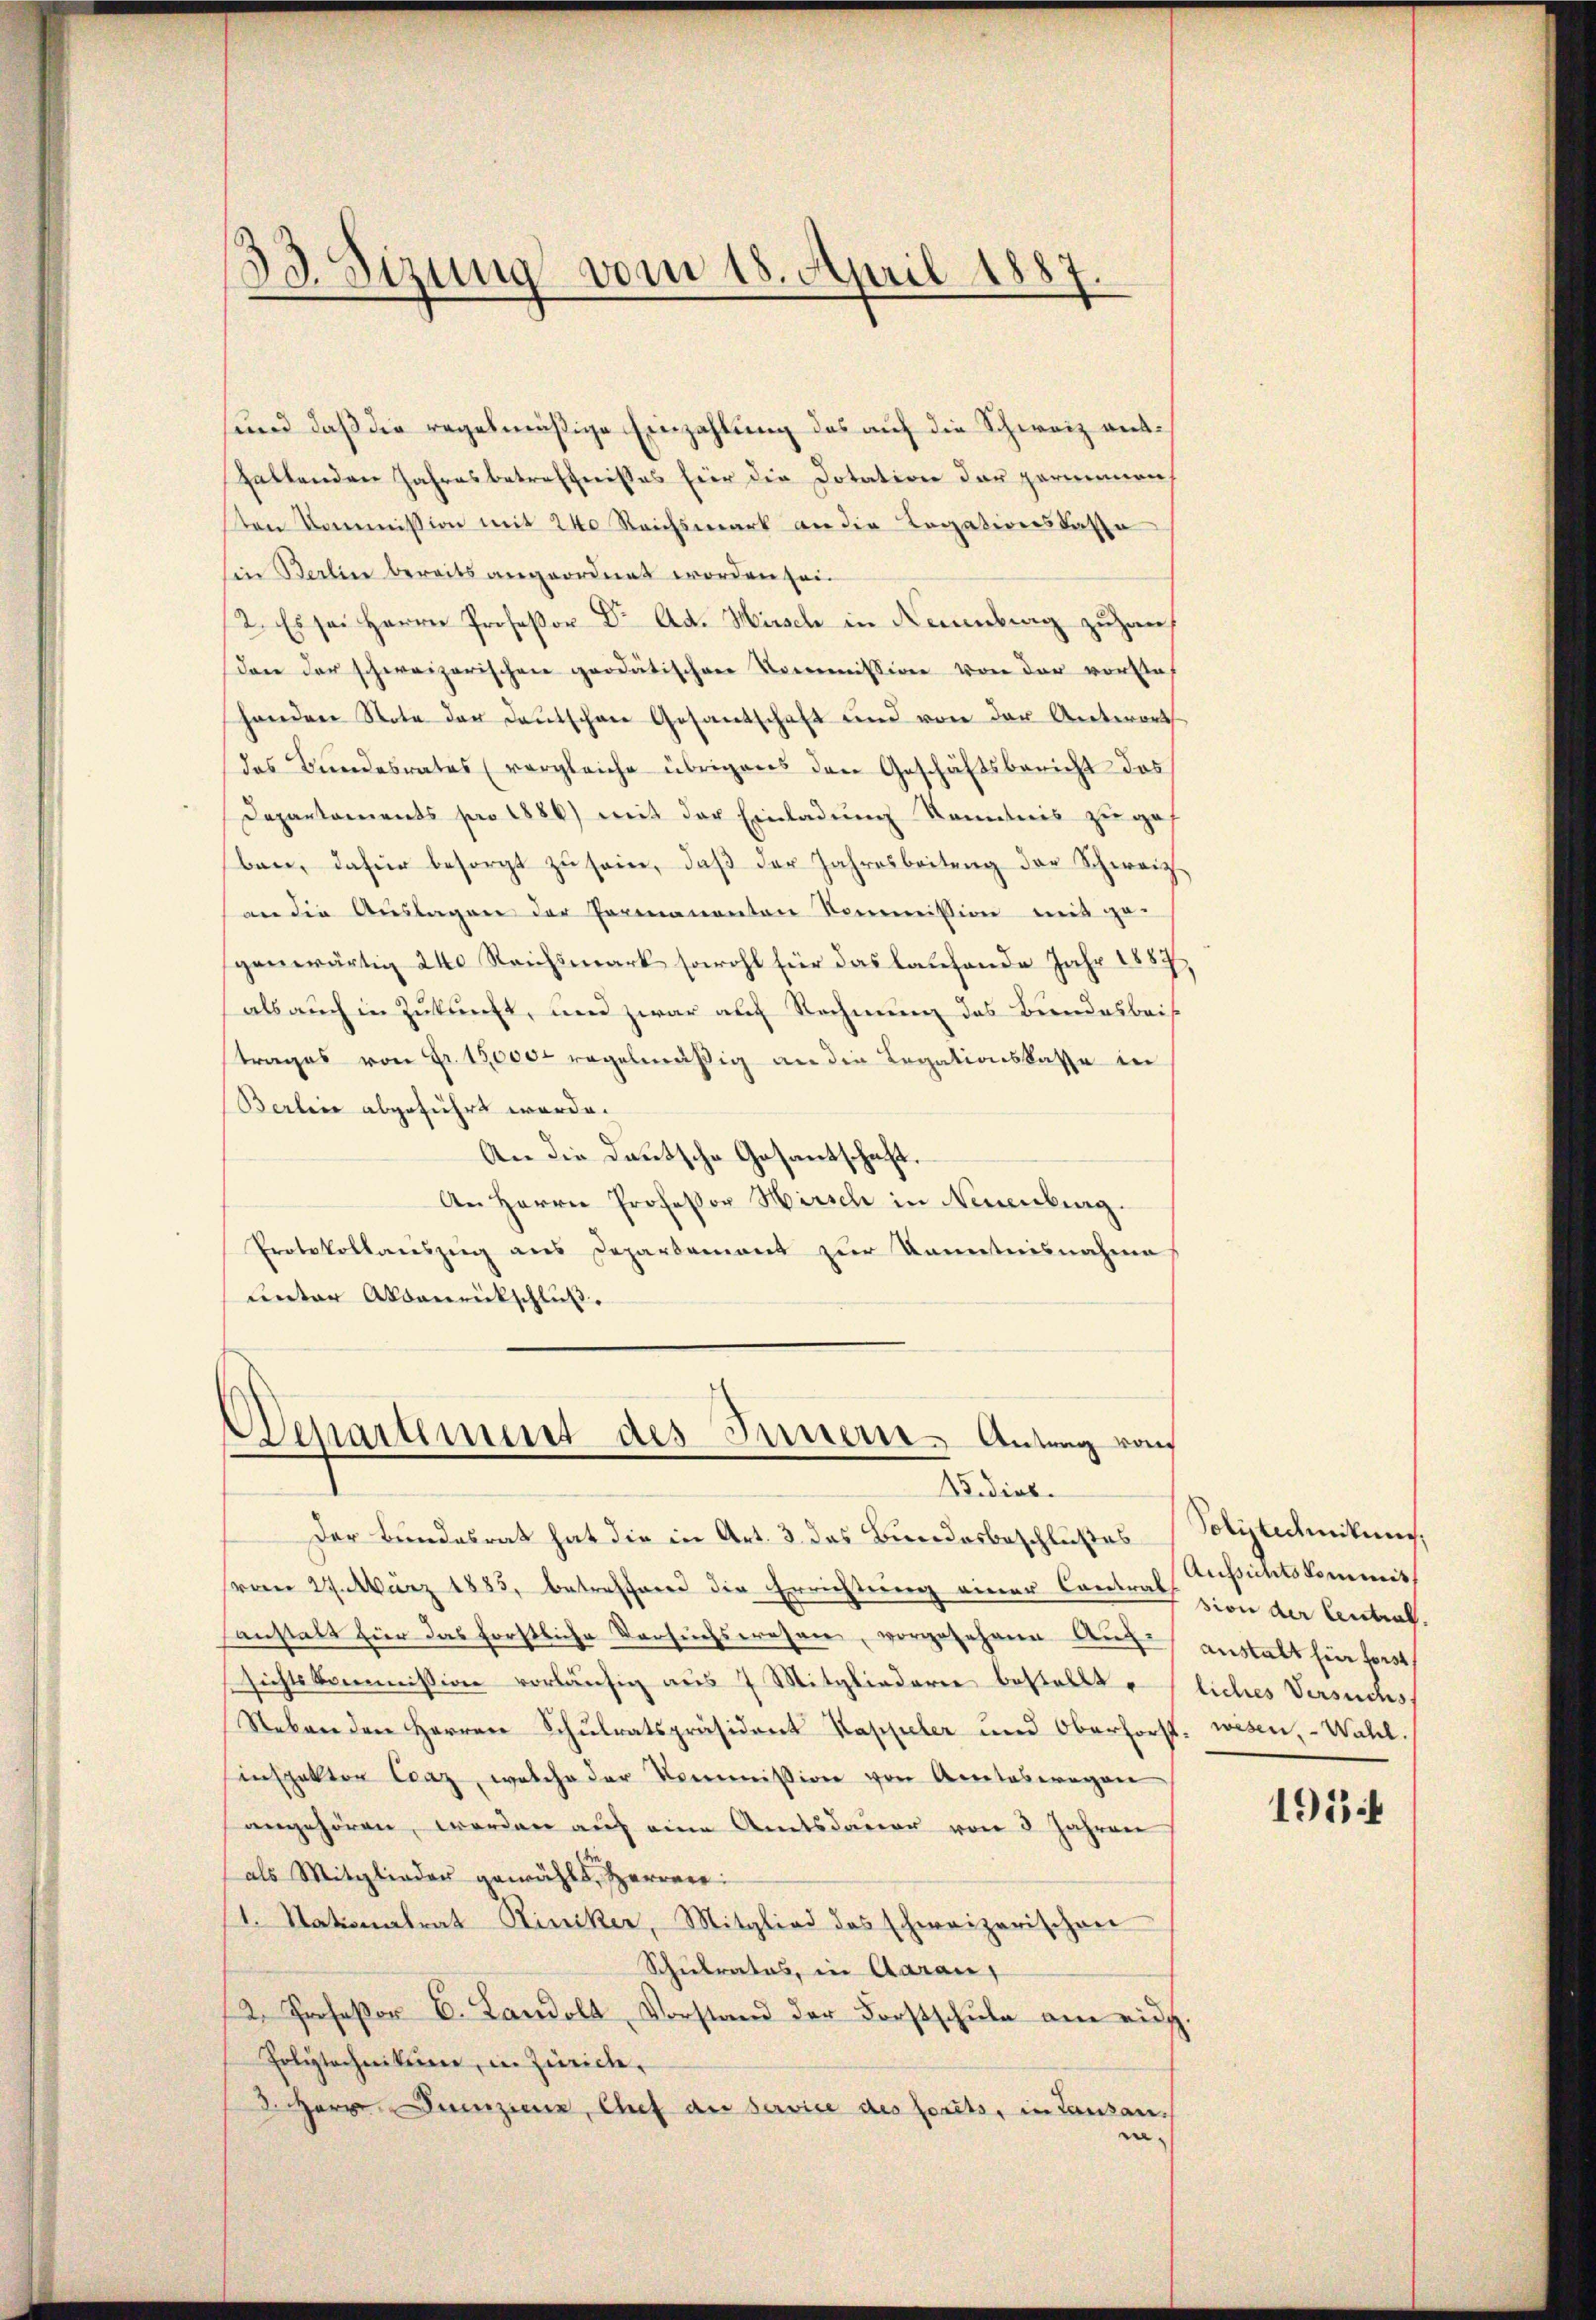
¬
33. Sizung vom 18. April 1887.

Departement des Innern. Antrag von
15. dieb.

sund daß die regelmäßige Einzahlung das auf die Schweiz enthaltenden Jahresbetreffnisses für die Dotation der gerinnenh
sten Kommission mit 240 Reichsmark an die Legationskasse
hin Berlin bereits angeordnet worden sei.
2. Es sei Herrn Profeßor Dr. Ad. Hirsch in Neuenburg zuzarch
Dan der schweizerischen geodätischen Kommission von der vorstaf
handen Note der Deutschen Gesantschaft und von der Antwort
das Bundesrates (vergleiche übrigens den Geschäftsbericht das
Departaments pro 1886) mit der Einladung Kenntnis zugef
ben, dafür besorgt zŭ sein, daβ der Jahresbeitung der Schweiz
an die Aŭslagen der Permanenten Kommission mit ge-
genwärtig 240 Reichsmark sowohl für das laufende Jahr 1887,
als auch in Zukunft, und zwar auf Rechnung des Bundesbeitrages von Fr. 19,000. regelmäßig an die Legationskasse in
Berlie abgeführt werde.
An die Deutsche Gesantschaft.
An Herrn Professor Hirsch in Neuenburg.
Protokollauszug aus Departement zur Kenntnisnahmes
unter Abbaurickschluß.

Polytechnikung,
Aussichtskommiss

Der Bundesrat hat die in Art. 3 das Bundesbeschlußes
vom 27. März 1885, betreffend die Errichtung einer Cammen zwei der Centralanstalt für das forstliche Versuchswesen, vorgesehene Auf anstalt hier forst
sichtskommission vorläufig aus 7 Mitgliedern bestellte (liches Versuchs,
Nebenden Herren Schulratspräsident Kappeler und Oberforst, wesen, - Wahl.
inspektor Craz, welche der Kommission von Amteswegen
angehören, werden auf eine Amtsdauer von 3 Jahren
als Mitglieder gewählt, Herrner:
(1. Stationalrat Riniker, Mitglied das schweizerischen
Schulrates, in Aarau
2. Profeßor C. Landolt, Vorstand der Forstschule am eidg.
Polytechnikum, in Zürich,
3. Herr Beizier, Chef an Service des forts, in Lausanne¬

193